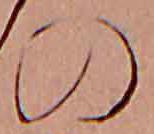
の